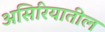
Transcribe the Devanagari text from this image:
असिरियातील